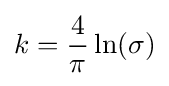
k={\frac {4}{\pi }}\ln(\sigma )